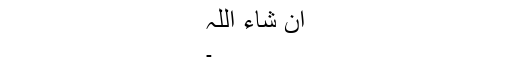
ان شاء اللہ
۔